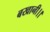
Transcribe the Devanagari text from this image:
बखानी।।